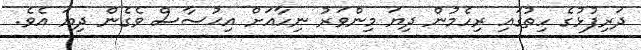
ދަރިފުޅުގެ ހިތުގައި ރިހެމުން ދިޔަ މިންވަރު ނިހާއަށް އިޙުސާސް ވެގެން ދިޔަ އެވެ.